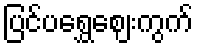
ပြင်ပရွှေဈေးကွက်